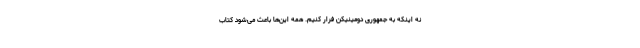
نه اینکه به جمهوری دومینیکن فرار کنیم. همهٔ این‌ها باعث می‌شود کتاب